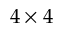
4 \times 4